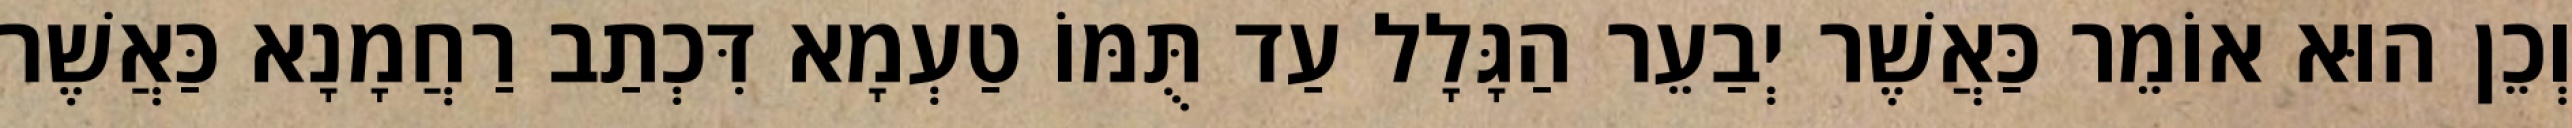
וְכֵן הוּא אוֹמֵר כַּאֲשֶׁר יְבַעֵר הַגָּלָל עַד תֻּמּוֹ טַעְמָא דִּכְתַב רַחֲמָנָא כַּאֲשֶׁר